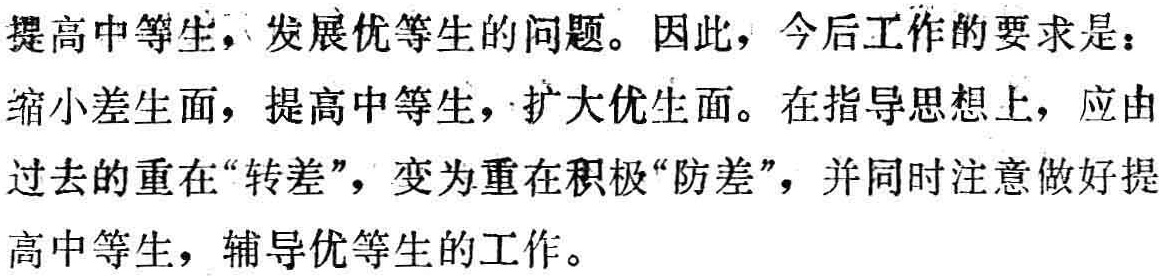
提高中等生，发展优等生的问题。因此，今后工作的要求是：缩小差生面，提高中等生，扩大优生面。在指导思想上，应由过去的重在“转差”，变为重在积极“防差”，并同时注意做好提高中等生，辅导优等生的工作。